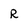
Character: R